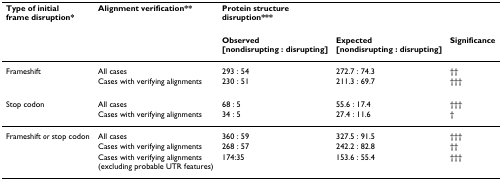
<table><thead><tr><td><b>Type of initial frame disruption*</b></td><td><b>Alignment verification**</b></td><td><b>Protein structure disruption***</b></td><td>[EMPTY_CELL]</td><td>[EMPTY_CELL]</td></tr><tr><td>[EMPTY_CELL]</td><td>[EMPTY_CELL]</td><td><b>Observed [nondisrupting : disrupting]</b></td><td><b>Expected [nondisrupting : disrupting]</b></td><td><b>Significance</b></td></tr></thead><tbody><tr><td>Frameshift</td><td>All cases</td><td>293 : 54</td><td>272.7 : 74.3</td><td>††</td></tr><tr><td>[EMPTY_CELL]</td><td>Cases with verifying alignments</td><td>230 : 51</td><td>211.3 : 69.7</td><td>†††</td></tr><tr><td>Stop codon</td><td>All cases</td><td>68 : 5</td><td>55.6 : 17.4</td><td>†††</td></tr><tr><td>[EMPTY_CELL]</td><td>Cases with verifying alignments</td><td>34 : 5</td><td>27.4 : 11.6</td><td>†</td></tr><tr><td>Frameshift <i>or </i>stop codon</td><td>All cases</td><td>360 : 59</td><td>327.5 : 91.5</td><td>†††</td></tr><tr><td>[EMPTY_CELL]</td><td>Cases with verifying alignments</td><td>268 : 57</td><td>242.2 : 82.8</td><td>††</td></tr><tr><td>[EMPTY_CELL]</td><td>Cases with verifying alignments (excluding probable UTR features)</td><td>174:35</td><td>153.6 : 55.4</td><td>†††</td></tr></tbody></table>